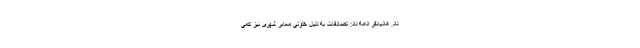
داد. هادیانفر ادامه داد:‌ تصادفات به دلیل خلوتی معابر شهری نیز کمی